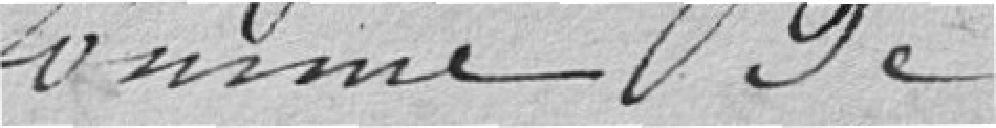
somme 9c